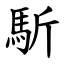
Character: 馸